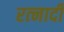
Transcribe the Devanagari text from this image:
रत्‍नादी